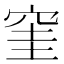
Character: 窐